Indian journal of veterinary science and animal husbandry - Volume 10,
Year: 1940
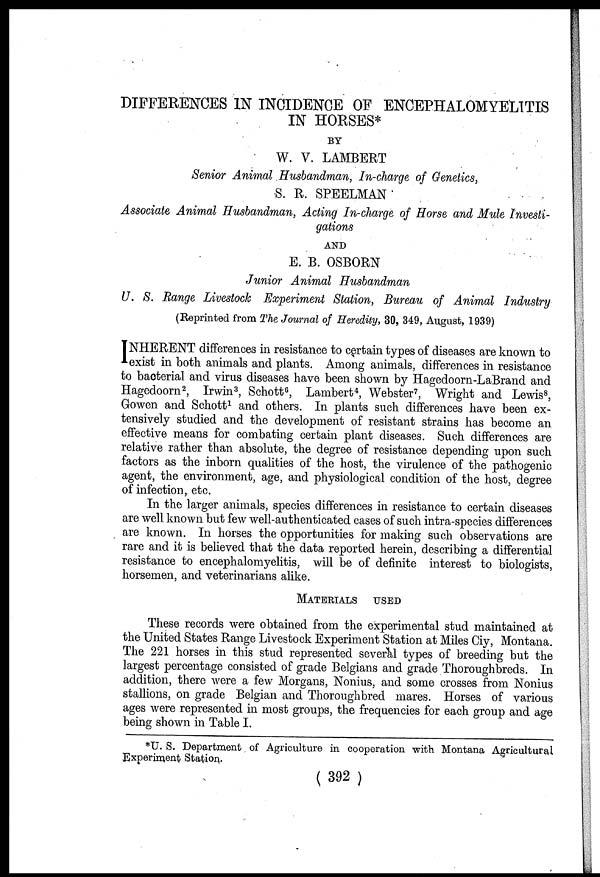
DIFFERENCES IN INCIDENCE OF ENCEPHALOMYELITIS
IN HORSES*
BY
W. V. LAMBERT
Senior Animal Husbandman, In-charge of Genetics,
S. R. SPEELMAN
Associate Animal Husbandman, Acting In-charge of Horse and Mule Investi-
gations
AND
E. B. OSBORN
Junior Animal Husbandman
U. S. Range Livestock Experiment Station, Bureau of Animal Industry
(Reprinted from The Journal of Heredity, 30, 349, August, 1939)
I NHERENT differences in resistance to certain types of diseases are known to
exist in both animals and plants. Among animals, differences in resistance
to bacterial and virus diseases have been shown by Hagedoorn-LaBrand and
Hagedoorn 2 , Irwin 3 , Schott 6 , Lambert 4 , Webster 7 , Wright and Lewis 8 ,
Gowen and Schott 1 and others. In plants such differences have been ex-
tensively studied and the development of resistant strains has become an
effective means for combating certain plant diseases. Such differences are
relative rather than absolute, the degree of resistance depending upon such
factors as the inborn qualities of the host, the virulence of the pathogenic
agent, the environment, age, and physiological condition of the host, degree
of infection, etc.
In the larger animals, species differences in resistance to certain diseases
are well known but few well-authenticated cases of such intra-species differences
are known. In horses the opportunities for making such observations are
rare and it is believed that the data reported herein, describing a differential
resistance to encephalomyelitis, will be of definite interest to biologists,
horsemen, and veterinarians alike.
MATERIALS USED
These records were obtained from the experimental stud maintained at
the United States Range Livestock Experiment Station at Miles Ciy, Montana.
The 221 horses in this stud represented several types of breeding but the
largest percentage consisted of grade Belgians and grade Thoroughbreds. In
addition, there were a few Morgans, Nonius, and some crosses from Nonius
stallions, on grade Belgian and Thoroughbred mares. Horses of various
ages were represented in most groups, the frequencies for each group and age
being shown in Table I.
*U. S. Department of Agriculture in cooperation with Montana Agricultural
Experiment Station.
( 392 )